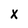
Character: X